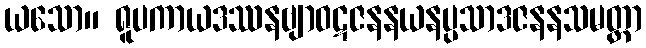
ယသော။ ရူပကာယဒဿနဗျာဝဋဇနနယနပ္ပသာဒဇနနသမတ္ထာ